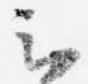
云